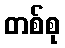
တစ်စု